Report of the King Institute of Preventive Medicine, Guindy
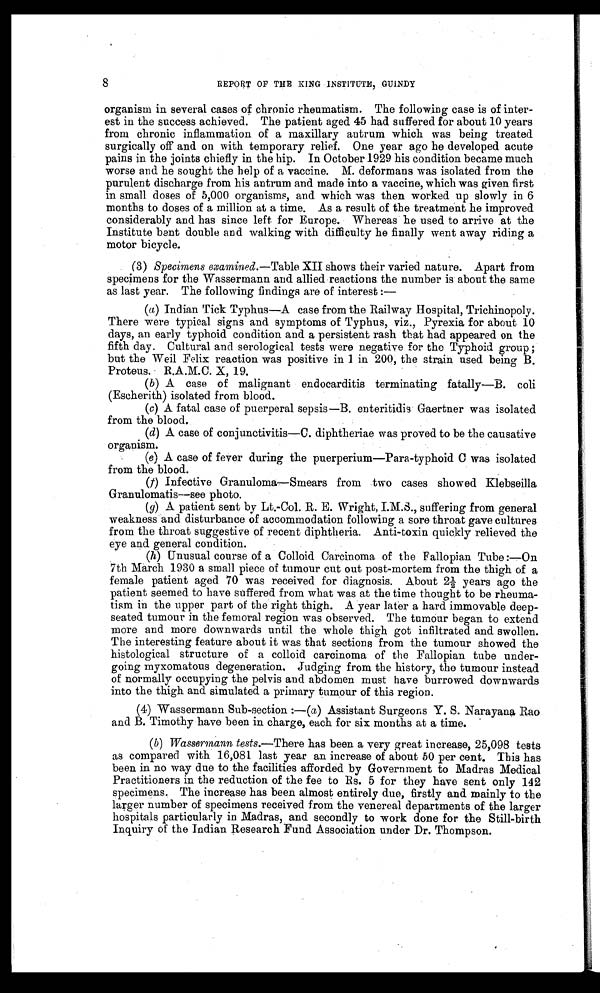
8
REPORT OF THE KING INSTITUTE, GUINDY
organism in several cases of chronic rheumatism. The following case is of inter
-est in the success achieved. The patient aged 45 had suffered for about 10 years
from chronic inflammation of a maxillary antrum which was being treated
surgically off and on with temporary relief. One year ago he developed acute
pains in the joints chiefly in the hip. In October 1929 his condition became much
worse and he sought the help of a vaccine. M. deformans was isolated from the
purulent discharge from his antrum and made into a vaccine, which was given first
in small doses of 5,000 organisms, and which was then worked up slowly in 6
months to doses of a million at a time. As a result of the treatment he improved
considerably and has since left for Europe. Whereas he used to arrive at the
Institute bent double and walking with difficulty he finally went away riding a
motor bicycle.
(3) Specimens examined. —Table XII shows their varied nature. Apart from
specimens for the Wassermann and allied reactions the number is about the same
as last year. The following findings are of interest
: —
(a) Indian Tick Typhus—A case from the Railway Hospital, Trichinopoly.
There were typical signs and symptoms of Typhus, viz., Pyrexia for about 10
days, an early typhoid condition and a persistent rash that had appeared on the
fifth day. Cultural and serological tests were negative for the Typhoid group ;
but the Weil Felix reaction was positive in 1 in 200, the strain used being B.
Proteus. R.A.M.C. X, 19.
(b) A case of malignant endocarditis terminating fatally—B. coli
(Eseherith) isolated from blood.
(c) A fatal case of puerperal sepsis—B. enteritidis Gaertner was isolated
from the blood.
(d) A case of conjunctivitis—C. diphtheriae was proved to be the causative
organism.
(e) A case of fever during the puerperium—Para-typhoid C was isolated
from the blood.
( f ) Infective Granuloma—Smears from two cases showed Klebseilla
Granulomatis—see photo.
(g) A patient sent by Lt.-Col. R. E. Wright, I.M.S., suffering from general
weakness and disturbance of accommodation following a sore throat gave cultures
from the throat suggestive of recent diphtheria. Anti-toxin quickly relieved the
eye and general condition.
(h) Unusual course of a Colloid Carcinoma of the Fallopian Tube :—On
7th March 1930 a small piece of tumour cut out post-mortem from the thigh of a
female patient aged 70 was received for diagnosis. About 2½ years ago the
patient seemed to have suffered from what was at the time thought to be rheuma
-tism in the upper part of the right thigh. A year later a hard immovable deep
- s e a t e d t u m o u r i n t h e f e m o r a l r e g i o n w a s o b s e r v e d . T h e t u m o u r b e g a n t o e x t e n d
more and more downwards until the whole thigh got infiltrated and swollen.
The interesting feature about it was that sections from the tumour showed the
histological structure of a colloid carcinoma of the Fallopian tube under
- g o i n g m y x o m a t o u s d e g e n e r a t i o n . J u d g i n g f r o m t h e h i s t o r y , t h e t u m o u r i n s t e a d
of normally occupying the pelvis and abdomen must have burrowed downwards
into the thigh and simulated a primary tumour of this region.
(4) Wassermann Sub-section :—(a ) Assistant Surgeons Y. S. Narayana Rao
and B. Timothy have been in charge, each for six months at a time.
( b ) Wassermann tests. —There has been a very great increase, 25,098 tests
as compared with 16,081 last year an increase of about 50 per cent. This has
been in no way due to the facilities afforded by Government to Madras Medical
Practitioners in the reduction of the fee to Rs. 5 for they have sent only 142
specimens. The increase has been almost entirely due, firstly and mainly to the
larger number of specimens received from the venereal departments of the larger
hospitals particularly in Madras, and secondly to work done for the Still-birth
Inquiry of the Indian Research Fund Association under Dr. Thompson.